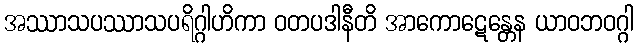
အဿာသပဿာသပရိဂ္ဂါဟိကာ ဝတပဒါနီတိ အာကောဋေန္တေန ယာဝဘဝဂ္ဂါ